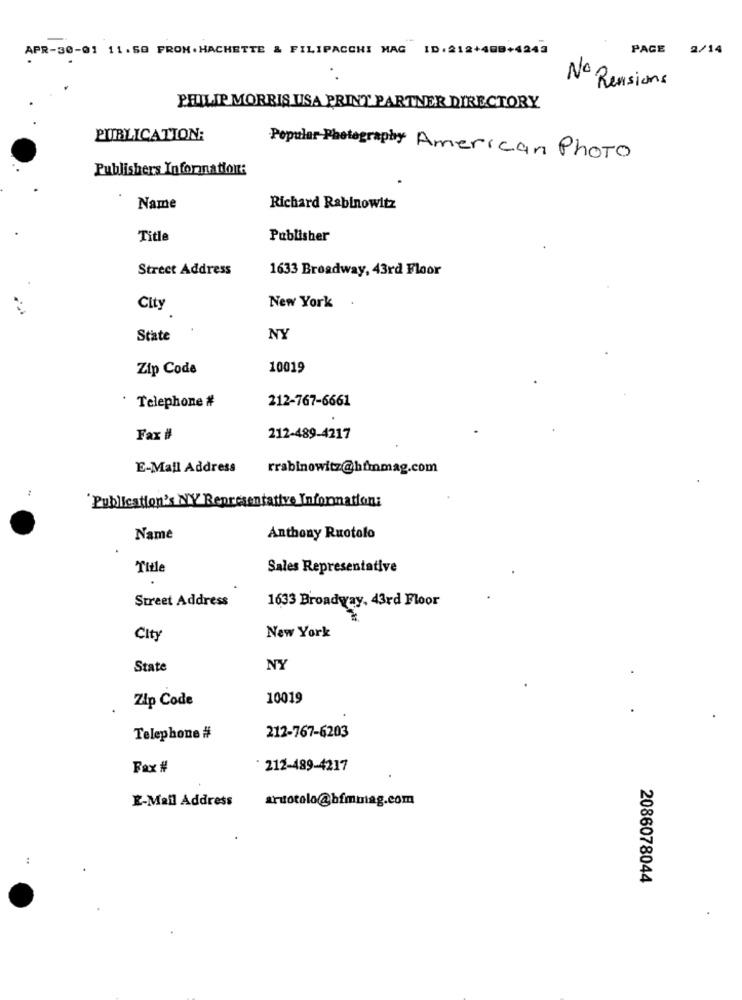
APR-30-01 11.50 FRON. HACHETTE & FILIPACCHI MAG ID:212+488+4243
PAGE 2/14
No
Pensions
PHILIP MORRIS USA PRINT PARTNER DIRECTORY
PUBLICATION:
Popular Photography American Photo
Publishers Information:
Name
Richard Rabinowitz
Title
Publisher
Street Address
1633 Broadway, 43rd Floor
City
New York .
State
NY
Zip Code
10019
212-767-6661
Telephone #
Fax #
212-489-4217
E-Mail Address
rrabinowitz@hfmmag.com
Publication's NY Representative Information:
Name
Anthony Ruotolo
Title
Sales Representative
Street Address
1633 Broadway, 43rd Floor
City
New York
State
N
Zip Code
10019
Telephone #
212-767-6203
Fax #
: 212-489-4217
E-Mail Address
aruotolo@bfmmag.com
2086078044